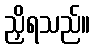
ညှိရသည်။